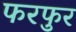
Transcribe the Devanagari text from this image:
फरफुर